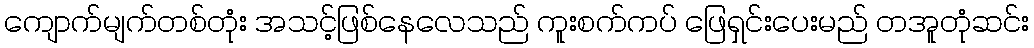
ကျောက်မျက်တစ်တုံး အသင့်ဖြစ်နေလေသည် ကူးစက်ကပ် ဖြေရှင်းပေးမည် တအူတုံဆင်း